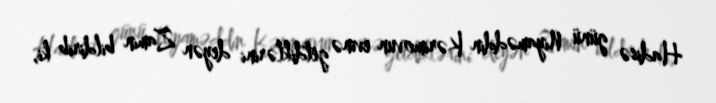
Hadisə günü Niyaməddin Kərimovun evinə getdiklərini deyən Zamin bildirib ki,